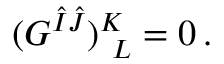
( G ^ { \hat { I } \hat { J } } ) _ { ~ L } ^ { K } = 0 \, .